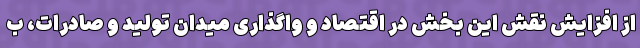
از افزایش نقش این بخش در اقتصاد و واگذاری میدان تولید و صادرات، ب